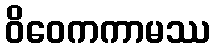
ဝိဝေကကာမဿ